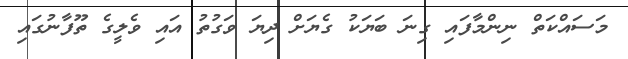
މަސައްކަތް ނިންމާފައި ގިނަ ބަޔަކު ގެޔަށް ދިޔަ ވަގުތު އައި ވެލީގެ ތޫފާނުުގައި